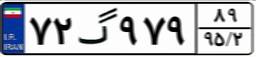
۷۲گ۹۷۹۸۹